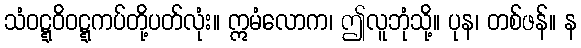
သံဝဋ္ဋဝိဝဋ္ဋကပ်တို့ပတ်လုံး။ ဣမံလောက၊ ဤလူဘုံသို့။ ပုန၊ တစ်ဖန်။ န